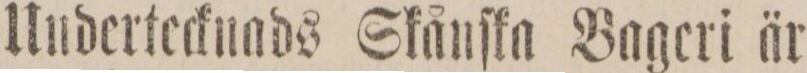
Undertecknads Skånſka Bageri är